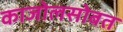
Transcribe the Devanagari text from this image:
काजोलसोबत